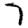
Digit: 7